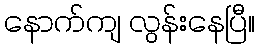
နောက်ကျ လွန်းနေပြီ။